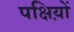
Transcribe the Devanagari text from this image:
पक्षिय़ों